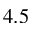
4 . 5